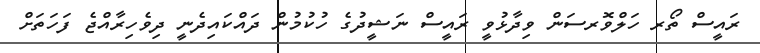
ރައީސް ތޯރ ހަލްވޮރސަން ވިދާޅުވީ ރައީސް ނަޝީދުގެ ހުކުމުން ދައްކައިދެނީ ދިވެހިރާއްޖެ ފަހަތަށް